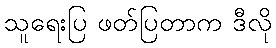
သူရေးပြ ဖတ်ပြတာက ဒီလို